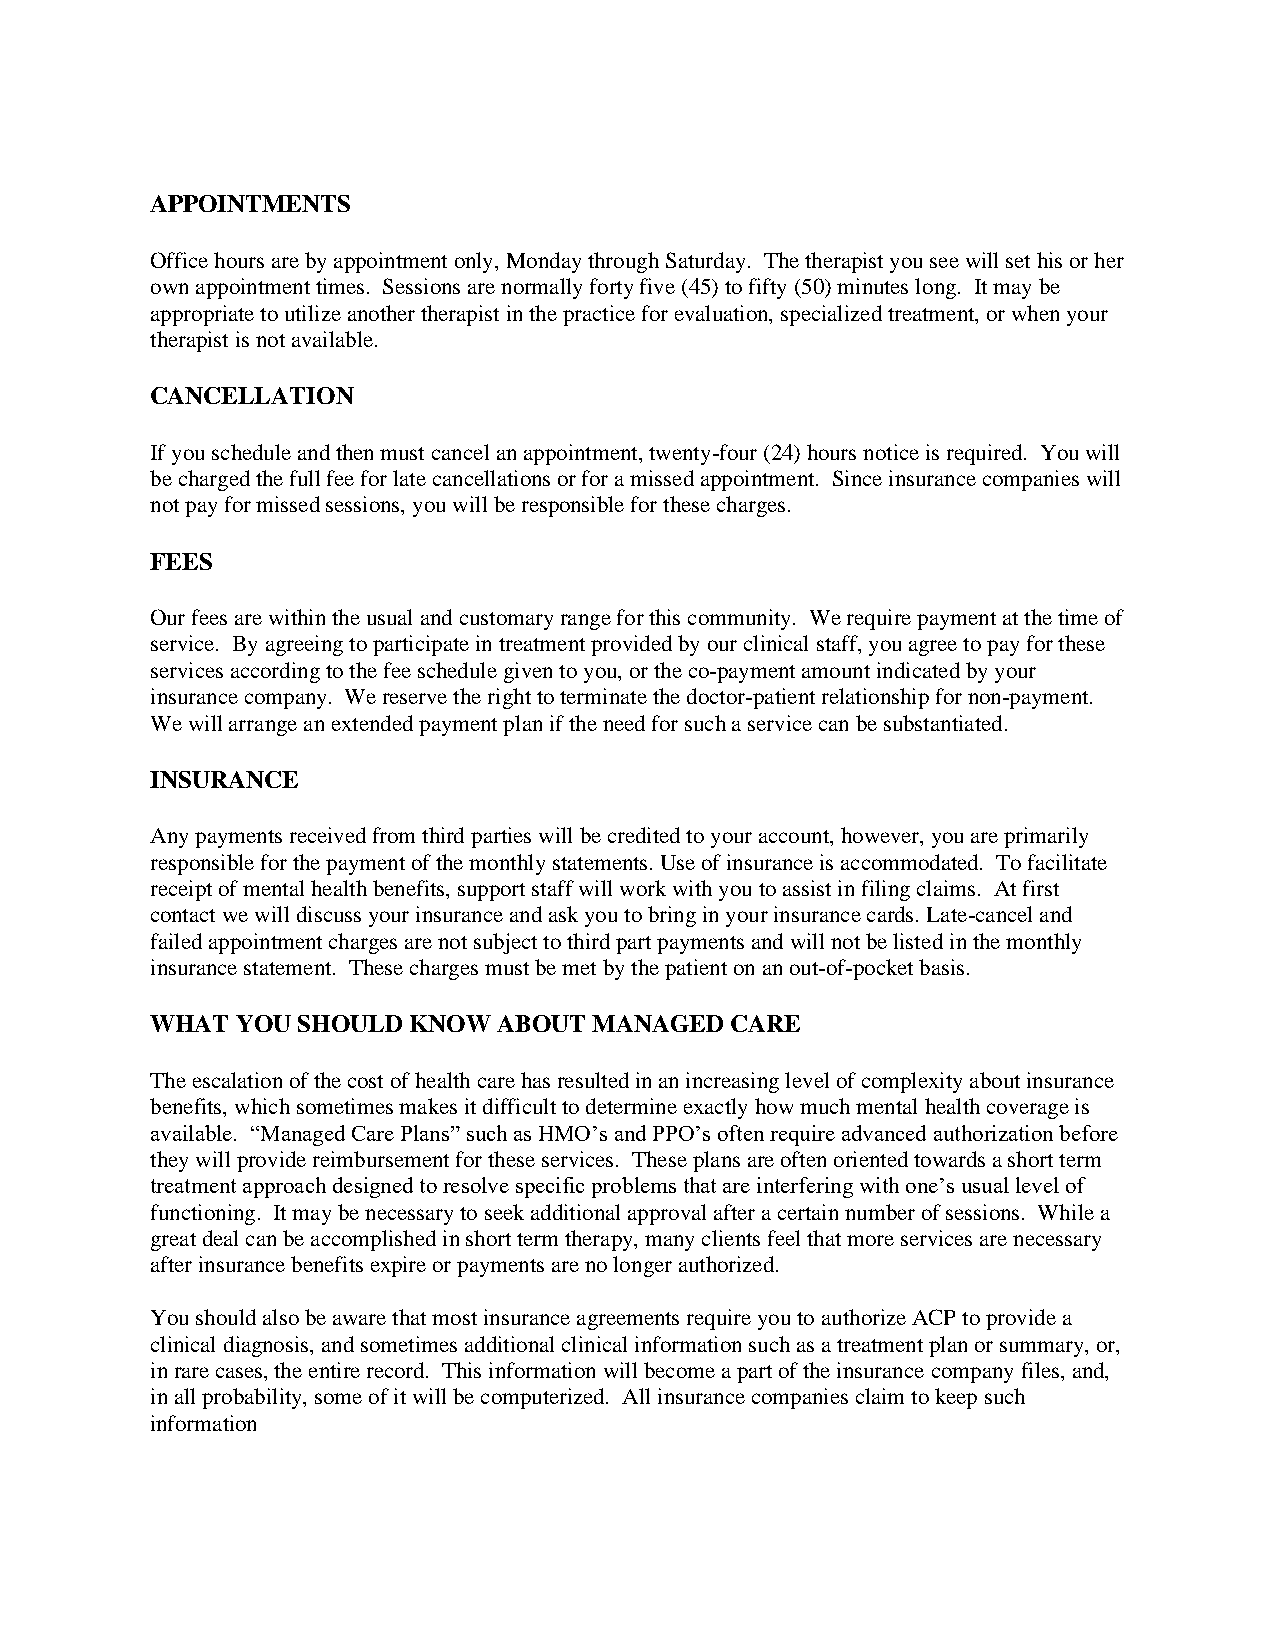
APPOINTMENTS
 Office hours are by appointment only, Monday through Saturday. The therapist you see will set his or her
 own appointment times. Sessions are normally forty five (45) to fifty (50) minutes long. It may be
 appropriate to utilize another therapist in the practice for evaluation, specialized treatment, or when your
 therapist is not available.
 CANCELLATION
 If you schedule and then must cancel an appointment, twenty-four (24) hours notice is required. You will
 be charged the full fee for late cancellations or for a missed appointment. Since insurance companies will
 not pay for missed sessions, you will be responsible for these charges.
 FEES
 Our fees are within the usual and customary range for this community. We require payment at the time of
 service. By agreeing to participate in treatment provided by our clinical staff, you agree to pay for these
 services according to the fee schedule given to you, or the co-payment amount indicated by your
 insurance company. We reserve the right to terminate the doctor-patient relationship for non-payment.
 We will arrange an extended payment plan if the need for such a service can be substantiated.
 INSURANCE
 Any payments received from third parties will be credited to your account, however, you are primarily
 responsible for the payment of the monthly statements. Use of insurance is accommodated. To facilitate
 receipt of mental health benefits, support staff will work with you to assist in filing claims. At first
 contact we will discuss your insurance and ask you to bring in your insurance cards. Late-cancel and
 failed appointment charges are not subject to third part payments and will not be listed in the monthly
 insurance statement. These charges must be met by the patient on an out-of-pocket basis.
 WHAT  YOU SHOULD KNOW  ABOUT MANAGED  CARE
 The escalation of the cost of health care has resulted in an increasing level of complexity about insurance
 benefits, which sometimes makes it difficult to determine exactly how much mental health coverage is
 available. “Managed Care Plans” such as HMO’s and PPO’s often require advanced authorization before
 they will provide reimbursement for these services. These plans are often oriented towards a short term
 treatment approach designed to resolve specific problems that are interfering with one’s usual level of
 functioning. It may be necessary to seek additional approval after a certain number of sessions. While a
 great deal can be accomplished in short term therapy, many clients feel that more services are necessary
 after insurance benefits expire or payments are no longer authorized.
 You should also be aware that most insurance agreements require you to authorize ACP to provide a
 clinical diagnosis, and sometimes additional clinical information such as a treatment plan or summary, or,
 in rare cases, the entire record. This information will become a part of the insurance company files, and,
 in all probability, some of it will be computerized. All insurance companies claim to keep such
 information